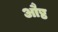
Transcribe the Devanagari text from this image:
औष्ठ